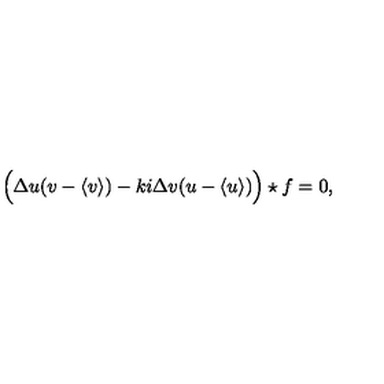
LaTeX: \Bigl ( \Delta u ( v - \langle v \rangle ) - k i \Delta v ( u - \langle u \rangle ) \Bigr ) \star f = 0 ,